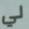
لي